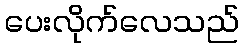
ပေးလိုက်လေသည်